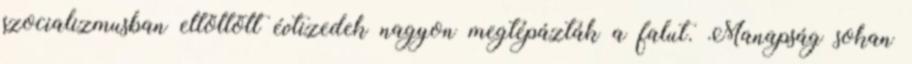
szocializmusban eltöltött évtizedek nagyon megtépázták a falut. Manapság sokan